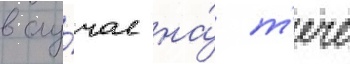
в слу́чае на́ т'ече